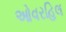
ઓવરહિલ